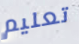
تعليم